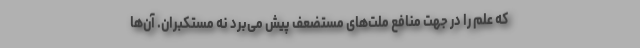
که علم را در جهت منافع ملت‌های مستضعف پیش می‌برد نه مستکبران. آن‌ها